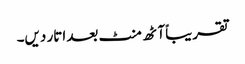
تقریباً آٹھ منٹ بعد اتار دیں۔